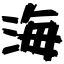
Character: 海